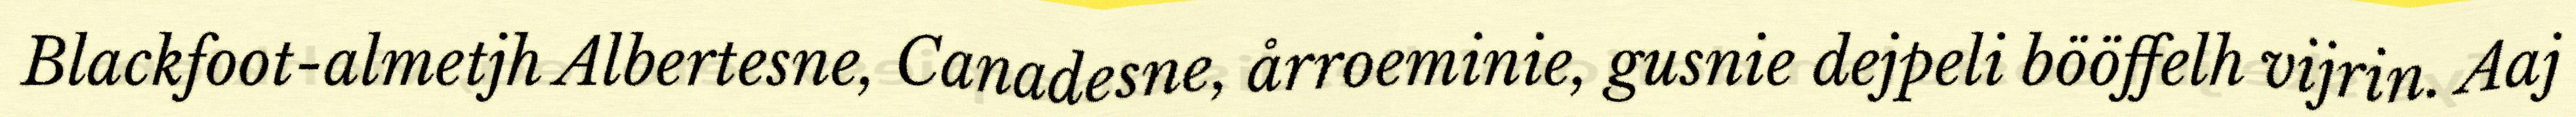
Blackfoot-almetjh Albertesne, Canadesne, årroeminie, gusnie dejpeli bööffelh vijrin. Aaj